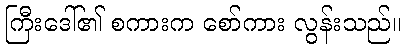
ကြီးဒေါ်၏ စကားက စော်ကား လွန်းသည်။